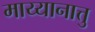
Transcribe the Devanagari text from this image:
माय्यानात्तु